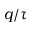
q / \tau